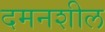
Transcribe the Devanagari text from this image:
दमनशील